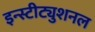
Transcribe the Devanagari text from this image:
इन्स्टीट्युशनल